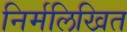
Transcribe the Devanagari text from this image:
निर्मलिखित